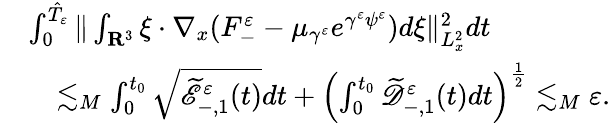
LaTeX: \begin{array}{rl}&{\int_{0}^{\hat{T}_{\varepsilon}}\| \int_{\mathbf R^{3}}\xi\cdot\nabla_{x}(F_{-}^{\varepsilon}-\mu_{\gamma^{\varepsilon}}e^{\gamma^{\varepsilon}\psi^{\varepsilon}})d\xi\| _{L_{x}^{2}}^{2}dt}\\ &{\quad\lesssim_{M}\int_{0}^{t_{0}}\sqrt{\widetilde{\mathscr E}_{-,1}^{\varepsilon}(t)}dt+\left(\int_{0}^{t_{0}}\widetilde{\mathscr D}_{-,1}^{\varepsilon}(t)dt\right)^{\frac{1}{2}}\lesssim_{M}\varepsilon.}\end{array}